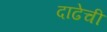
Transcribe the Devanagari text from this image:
दाढेची